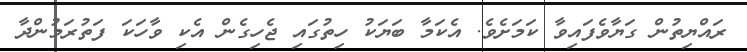
ރައްޔިތުން ގަޔާވެފައިވާ ކަމަށެވެ. އެކަމާ ބަޔަކު ހިތުގައި ޖެހިގެން އެކި ވާހަކަ ފަތުރަމުންދާ